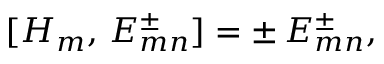
[ H _ { m } , \, E _ { m n } ^ { \pm } ] = \pm \, E _ { m n } ^ { \pm } ,